Problem: 66 + 80 = ?
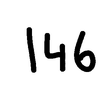
Handwritten answer: 146